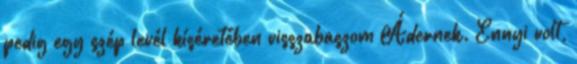
pedig egy szép levél kíséretében visszabaszom Ádernek. Ennyi volt,